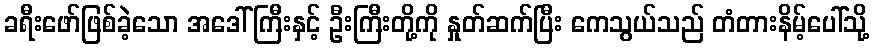
ခရီးဖော်ဖြစ်ခဲ့သော အဒေါ်ကြီးနှင့် ဦးကြီးတို့ကို နှုတ်ဆက်ပြီး ကေသွယ်သည် တံတားနိမ့်ပေါ်သို့